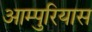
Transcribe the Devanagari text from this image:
आम्पुरियास